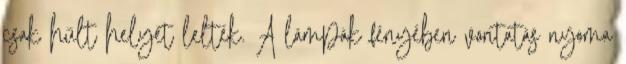
csak hűlt helyét lelték. A lámpák fényében von­tatás nyoma